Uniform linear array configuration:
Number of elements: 16
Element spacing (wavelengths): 0.75
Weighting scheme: cosine
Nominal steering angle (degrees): -15
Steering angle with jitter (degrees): -13.741
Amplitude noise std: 0.05
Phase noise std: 0.05

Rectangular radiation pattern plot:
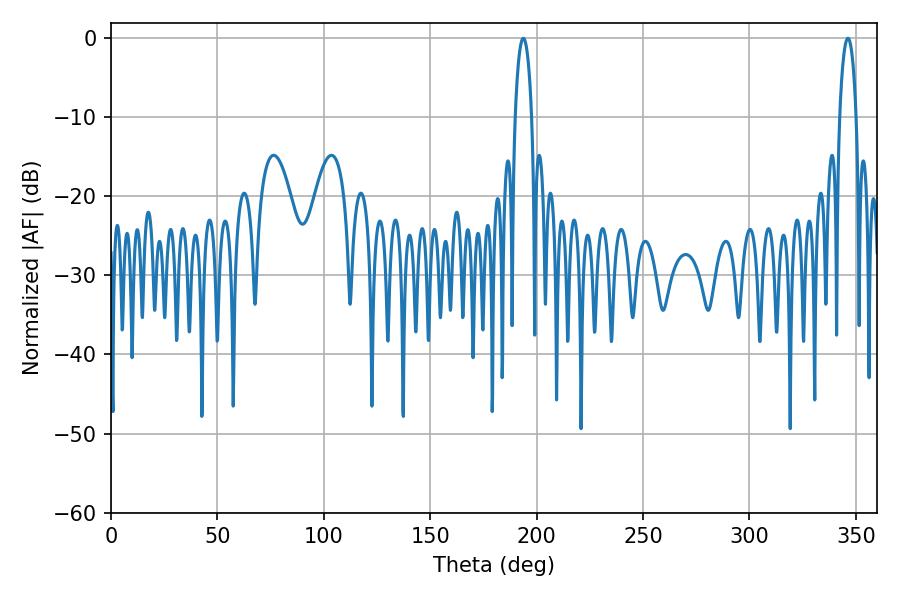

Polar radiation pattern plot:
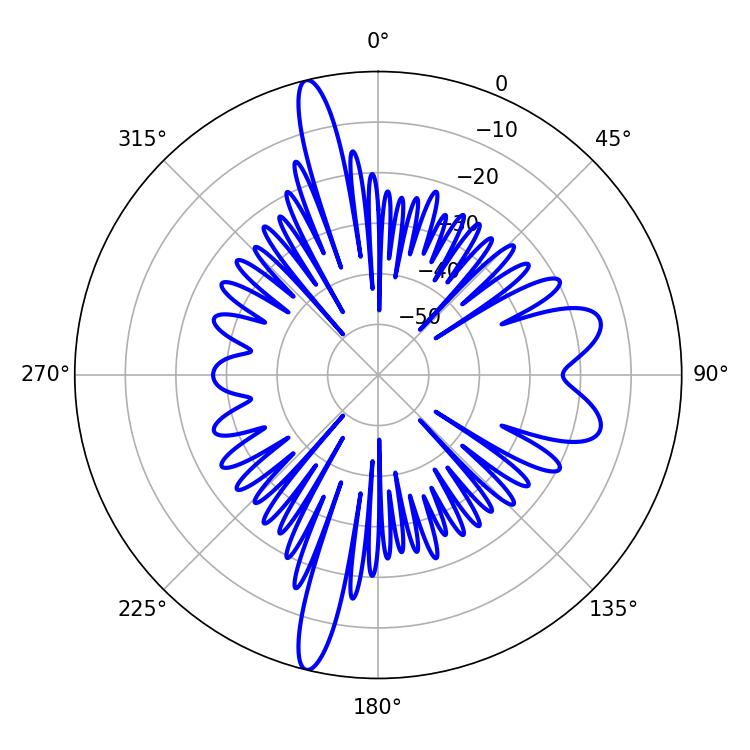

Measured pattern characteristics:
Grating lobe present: TRUE
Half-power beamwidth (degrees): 4.5
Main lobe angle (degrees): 193.68